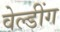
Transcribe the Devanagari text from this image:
वेल्डींग